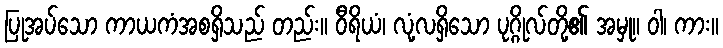
ပြုအပ်သော ကာယကံအစရှိသည် တည်း။ ဝီရိယံ၊ လုံ့လရှိသော ပုဂ္ဂိုလ်တို့၏ အမှု။ ဝါ၊ ကား။